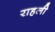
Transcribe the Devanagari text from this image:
राहली